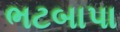
ભટબાપા